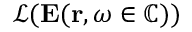
\mathcal { L } ( \mathbf { E } ( \mathbf { r } , \omega \in \mathbb { C } ) )